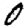
Digit: 0